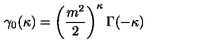
\gamma _ { 0 } ( \kappa ) = \left( \frac { m ^ { 2 } } { 2 } \right) ^ { \kappa } \Gamma ( - \kappa )